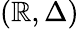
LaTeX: (\mathbb{R},\Delta)